Lunatic asylums Central Provinces reports 1910-1926 - 1910-1926
Year: 1910
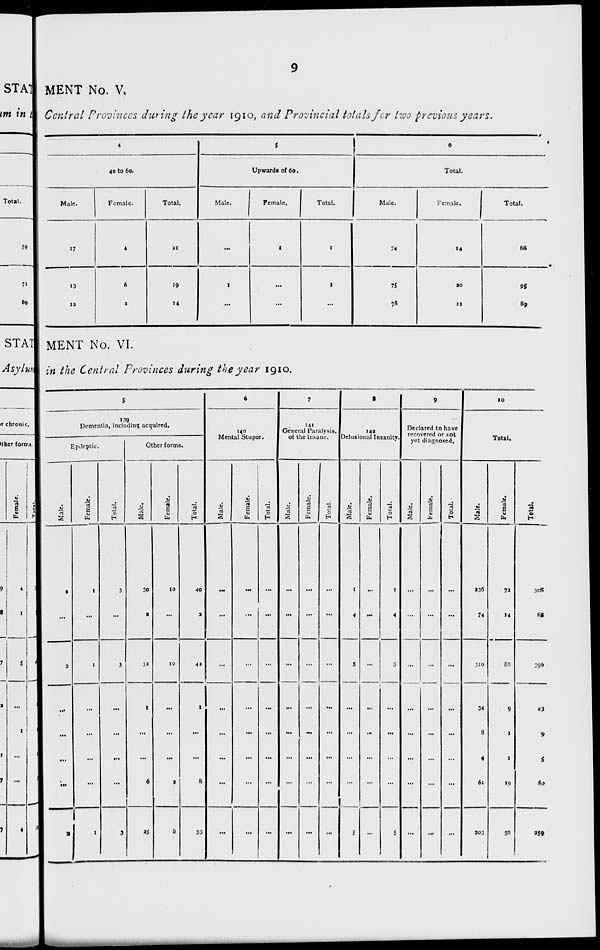
9
MENT No. V.
Central Provinces during the year 1910, and Provincial totals for two previous years.
4
40 to 60.
Male.
17
13
12
Female.
4
6
2
Total.
21
19
14
5
Upwards of 60.
Male.
...
1
...
Female.
1
...
...
Total.
1
1
...
6
Total.
Male.
74
75
78
Female.
14
20
11
Total.
88
95
89
MENT No. VI.
in the Central Provinces during the year 1910.
5
139
Dementia, including acquired.
Epileptic.
Male.
2
...
2
...
...
...
...
2
Female.
1
...
1
...
...
...
...
1
Total.
3
...
3
...
...
...
...
3
Other forms.
Male.
30
2
32
1
...
...
6
25
Female.
10
...
10
...
...
...
2
8
Total.
40
2
42
1
...
...
8
33
6
140
Mental Stupor.
Male.
...
...
...
...
...
...
...
...
Female.
...
...
...
...
...
...
...
...
Total.
...
...
...
...
...
...
...
...
7
141
General Paralysis.
of the insane.
Male.
...
...
...
...
...
...
...
...
Female.
...
...
...
...
...
...
...
...
Total.
...
...
...
...
...
...
...
...
8
142
Delusional Insanity.
Male.
1
4
5
...
...
...
...
5
Female.
...
...
...
...
...
...
...
...
Total.
1
4
5
...
...
...
...
5
9
Declared to have
recovered or not
yet diagnosed.
Male.
...
...
...
...
...
...
...
...
Female.
...
...
...
...
...
...
...
...
Total.
...
...
...
...
...
...
...
...
10
Total.
Male.
236
74
310
34
8
4
61
203
Female.
72
14
86
9
1
1
19
56
Total.
308
88
396
43
9
5
80
259